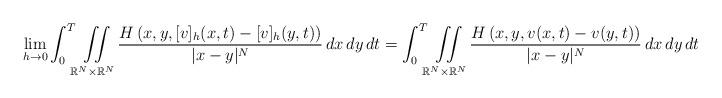
LaTeX: \begin{align*} \lim_{h\to 0}\int_0^T\iint\limits_{\mathbb{R}^N\times\mathbb{R}^N}\frac{H\left(x,y,[v]_h(x,t)-[v]_h(y,t)\right)}{|x-y|^N}\,dx\,dy\,dt=\int_0^T\iint\limits_{\mathbb{R}^N\times\mathbb{R}^N}\frac{H\left(x,y,v(x,t)-v(y,t)\right)}{|x-y|^N}\,dx\,dy\,dt\end{align*}